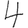
Digit: 4